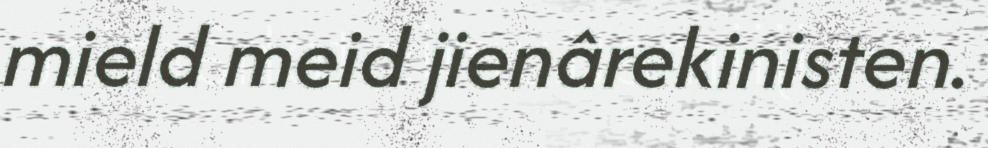
mield meid jienârekinisten.